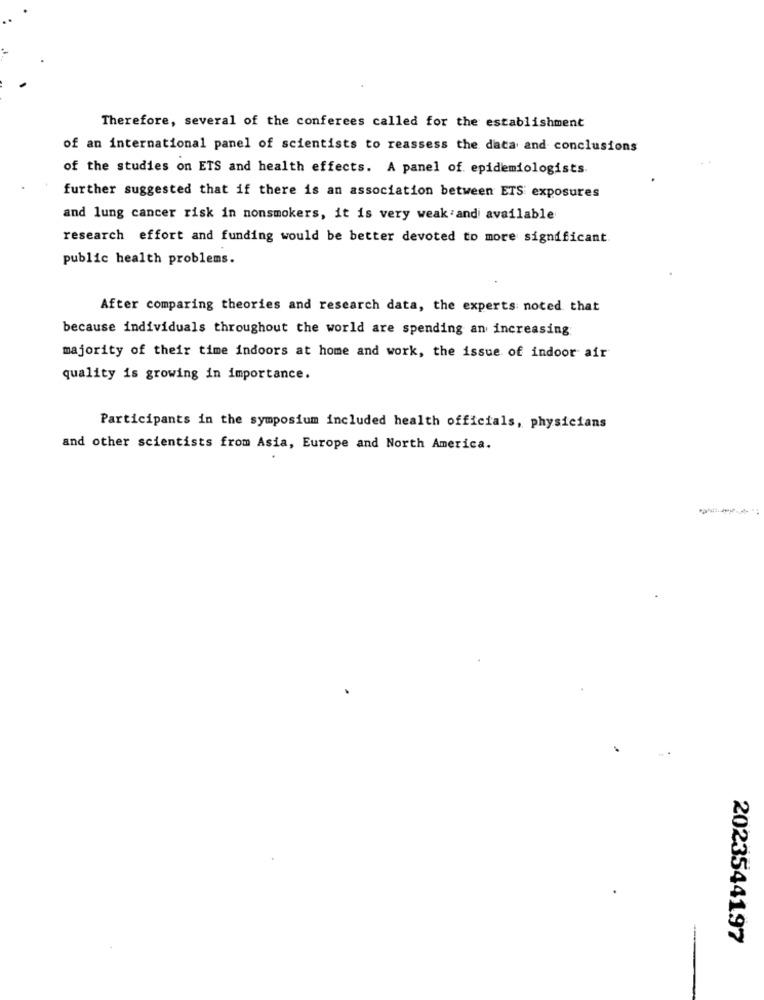
Therefore, several of the conferees called for the establishment
of an international panel of scientists to reassess the data and conclusions
of the studies on ETS and health effects. A panel of epidemiologists.
further suggested that if there is an association between ETS exposures
and lung cancer risk in nonsmokers, it is very weak and available
research effort and funding would be better devoted to more significant
public health problems.
After comparing theories and research data, the experts noted that
because individuals throughout the world are spending an increasing
majority of their time indoors at home and work, the issue of indoor air
quality is growing in importance.
Participants in the symposium included health officials, physicians
and other scientists from Asia, Europe and North America.
2023544197